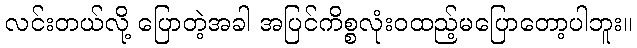
လင်းတယ်လို့ ပြောတဲ့အခါ အပြင်ကိစ္စလုံးဝထည့်မပြောတော့ပါဘူး။